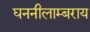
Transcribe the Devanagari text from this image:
घननीलाम्बराय